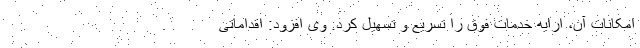
امکانات آن، ارایه خدمات فوق را تسریع و تسهیل کرد. وی افزود: اقداماتی